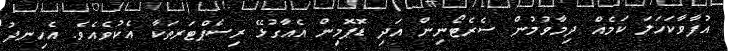
އުފާވާކަހަލަ ކަމެއް ދިމާވުމުން ސެރެޓޯނިން އަދި ޑޮޕޮމިން އެއާގުޅޭ ރިސެޕްޓަރތަކާ އެކުވެއެވެ. އެހިނދު